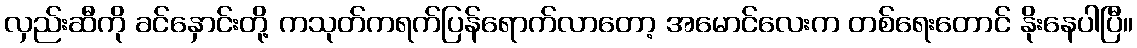
လှည်းဆီကို ခင်နှောင်းတို့ ကသုတ်ကရက်ပြန်ရောက်လာတော့ အမောင်လေးက တစ်ရေးတောင် နိုးနေပါပြီ။